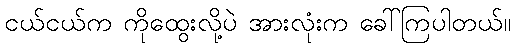
ငယ်ငယ်က ကိုထွေးလို့ပဲ အားလုံးက ခေါ်ကြပါတယ်။